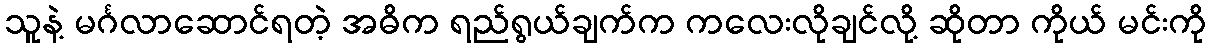
သူနဲ့ မင်္ဂလာဆောင်ရတဲ့ အဓိက ရည်ရွယ်ချက်က ကလေးလိုချင်လို့ ဆိုတာ ကိုယ် မင်းကို